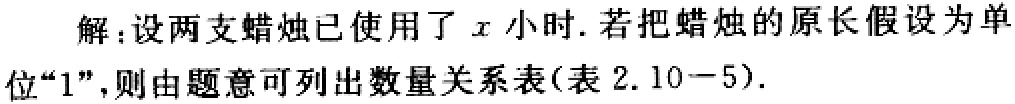
解：设两支蜡烛已使用了\(x\)小时. 若把蜡烛的原长假设为单位“\(1\)”，则由题意可列出数量关系表(表 \(2.10 - 5\)).